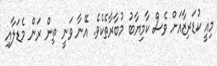
މިއީ ކުޑަރިޒާއަށް ވެސް ކާމިޔާބު މުބާރާތެކެވެ. އޭނާ ވަނީ ތިން ރަން މެޑަލާއި